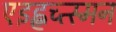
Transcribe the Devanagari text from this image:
एइह्नच्त्स्मन